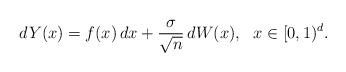
LaTeX: \begin{align*} dY(x)=f(x)\, dx+\frac{\sigma}{\sqrt{n}}\,dW(x),\ \ x\in[0,1)^d.\end{align*}